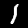
Label: 1